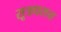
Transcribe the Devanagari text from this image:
सूत्रधराय